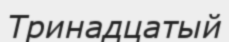
Тринадцатый